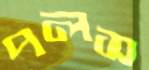
পলস